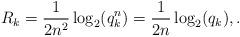
LaTeX: \begin{align*} R_k = \frac{1}{2n^2}\log_2(q_k^n) = \frac{1}{2n}\log_2(q_k),. \end{align*}